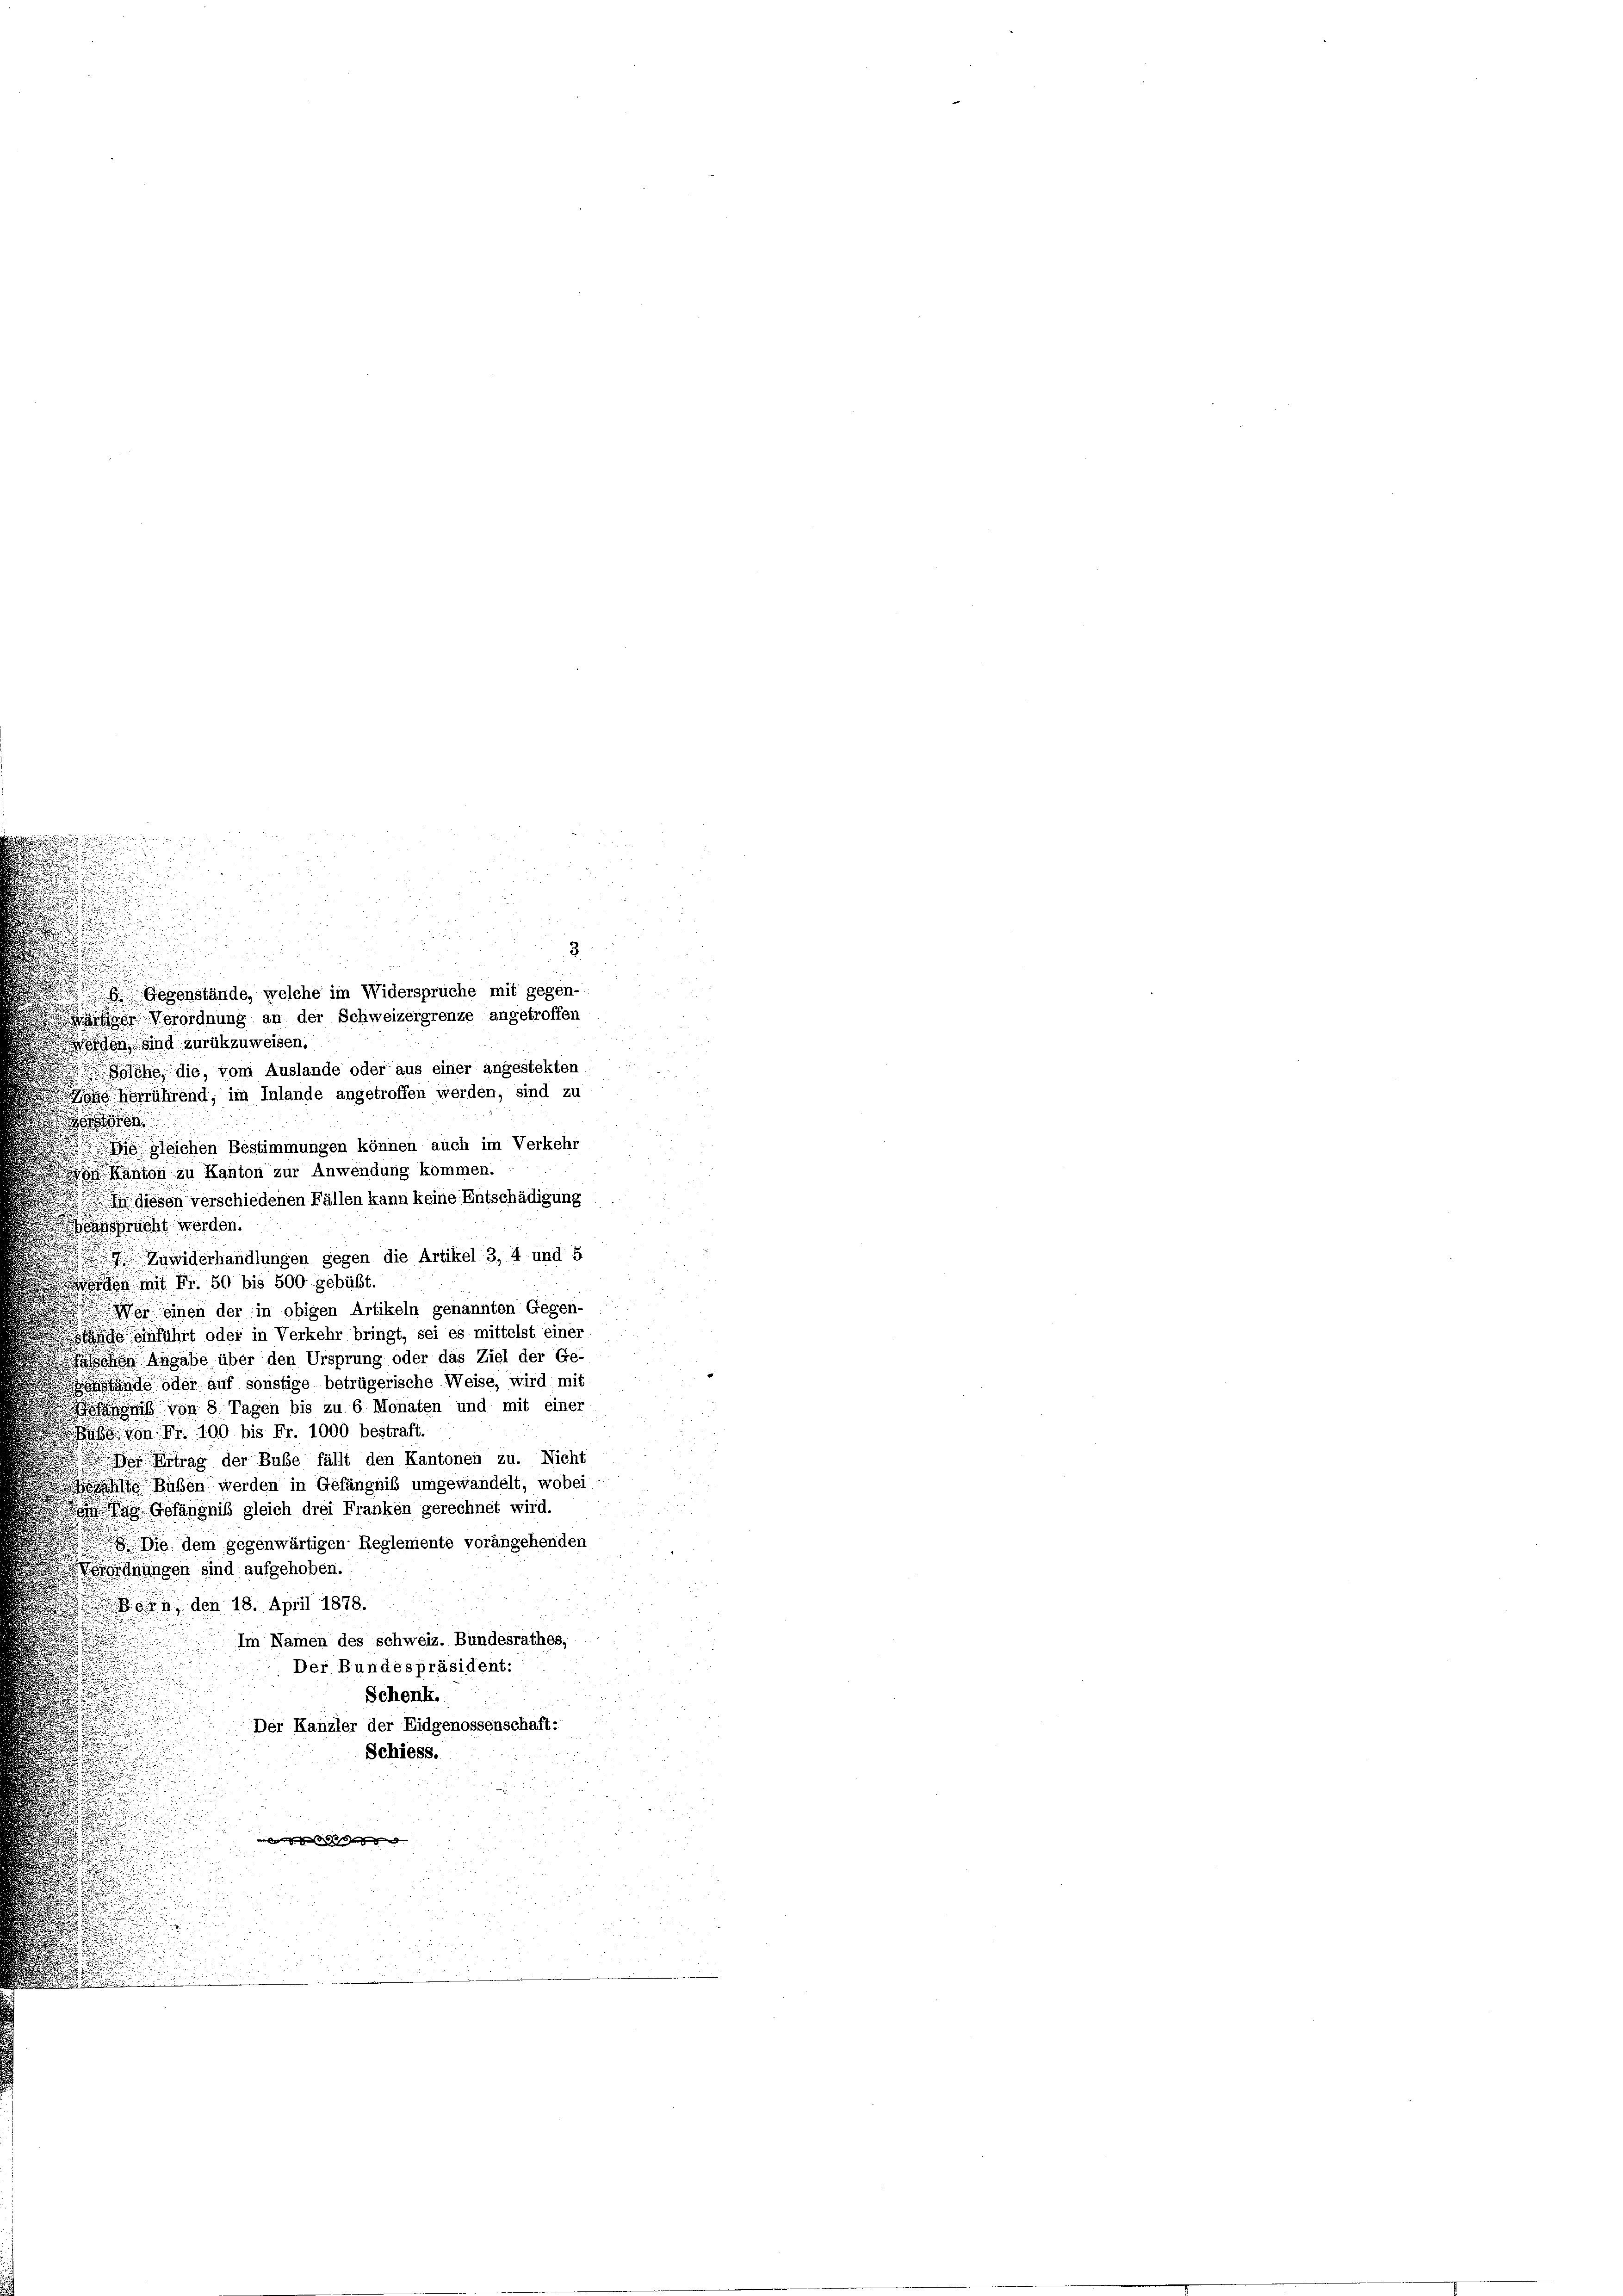
d
orden, sind zurückzuweisen.
lche, die, vom Auslande oder aus einer angestekten
he herrührend, im Inlande angetroffen werden, sind zu
e
m gleichen Bestimmungen können auch im Verkehr
d
Kanton zu Kanton zur Anwendung kommen.
diesen verschiedenen Fällen kann keine Entschädigung
nsprucht werden.
 Zuwiderhandlungen gegen die Artikel 3, 4 und 5
.
orden mit Fr. 50 bis 500 gebüßt.
einen der in obigen Artikeln genannten Gegen-
sn einführt oder in Verkehr bringt, sei es mittelst einer
hn Angabe über den Ursprung oder das Ziel der Ge-
de oder auf sonstige betrügerische Weise, wird mit
ängniß von 8 Tagen bis zu 6 Monaten und mit einer
uß von Fr. 100 bis Fr. 1000 bestraft.
 Ertrag der Bube fällt den Kantonen zu. Nicht
.
 Buben werden in Gefängnis umgewandelt, wobei
das Gefängniß gleich drei Franken gerechnet wird.
si dem gegenwärtigen Reglemente vorangehenden
ordnungen sind aufgehoben.
9 den 18. April 1878.
Im Namen des schweiz. Bundesrathes,
Der Bundespräsident:
Schenk.
Der Kanzler der Eidgenossenschaft:
Schiess.
menge des auf ge

Gegenstände, welche im Widerspruche mit gegen-
dgehen Verordnung an der Schweizergrenze angetroffen

3